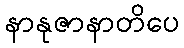
နာနုဇာနာတိပေ